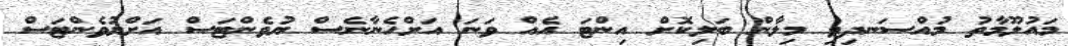
މައުލޫމާތު މުއްސަނދިވި މިލާން ބަލިކޮށް އިންޓަ އެއް ވަނަ އަށްހެނާނެސް ޔުވެންޓަސް އަށްޔުވެންޓަސް